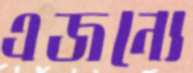
এজন্যে